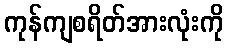
ကုန်ကျစရိတ်အားလုံးကို